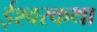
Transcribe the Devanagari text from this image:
ईश्वरकथा